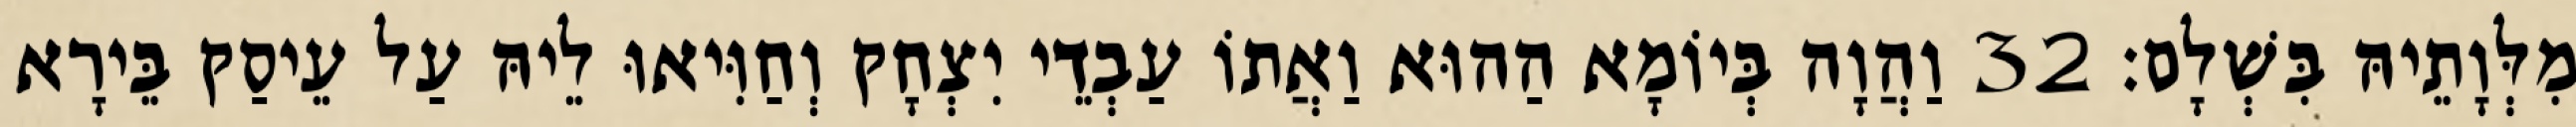
מִלְּוָתֵיהּ בִּשְׁלָם׃ 32 וַהֲוָה בְּיוֹמָא הַהוּא וַאֲתוֹ עַבְדֵי יִצְחָק וְחַוִּיאוּ לֵיהּ עַל עֵיסַק בֵּירָא